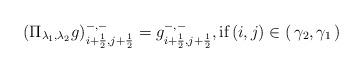
LaTeX: \begin{align*}\left(\Pi_{\lambda_1,\lambda_2}g\right)^{-,-}_{i+\frac{1}{2},j+\frac{1}{2}} = g^{-,-}_{i+\frac{1}{2},j+\frac{1}{2}}, \mbox{if} \left(i,j\right) \in \left(\,\gamma_2,\gamma_1\,\right)\end{align*}